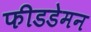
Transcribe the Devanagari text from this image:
फीडडेमन